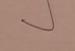
Signature authenticity: genuine